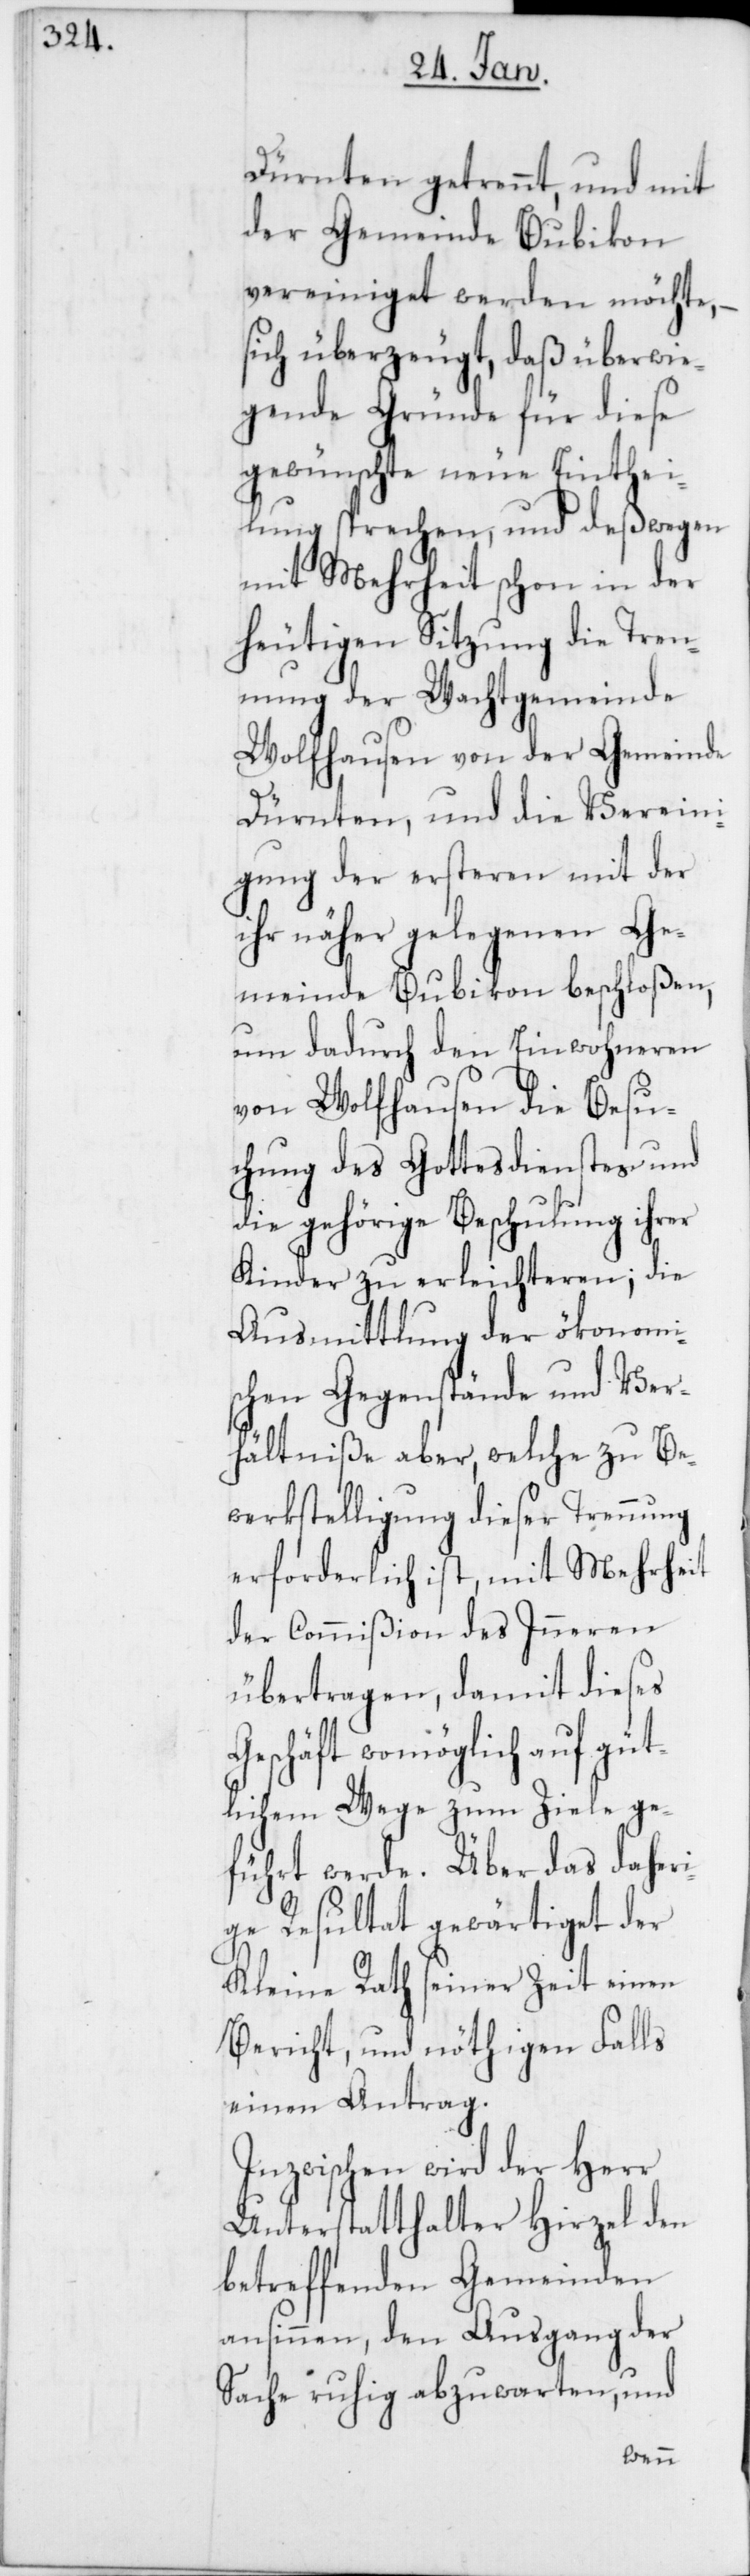
Dürnten getrennt, und mit
der Gemeinde Bubikon
vereiniget werden möchte, –
sich überzeugt, daß überwie¬
gende Gründe für diese
gewünschte neue Einthei¬
lung sprechen, und deßwegen
mit Mehrheit schon in der
heutigen Sitzung die Tren¬
nung der Wachtgemeinde
Wolfhausen von der Gemeinde
Dürnten, und die Vereini¬
gung der ersteren mit der
ihr näher gelegenen Ge¬
meinde Bubikon beschloßen,
um dadurch den Einwohneren
von Wolfhausen die Besu¬
chung des Gottesdienstes und
die gehörige Beschulung ihrer
Kinder zu erleichteren; die
Ausmittlung der ökonomi¬
schen Gegenstände und Ver¬
hältniße aber, welche zu Be¬
werkstelligung dieser Trennung
erforderlich ist, mit Mehrheit
der Commißion des Inneren
übertragen, damit dieses
Geschäft womöglich auf güt¬
lichem Wege zum Ziele ge¬
führt werde. Über das daheri¬
ge Resultat gewärtiget der
Kleine Rath seiner Zeit einen
Bericht und nöthigen Falls
einen Antrag.
Inzwischen wird der Herr
Unterstatthalter Hirzel den
betreffenden Gemeinden
ansinnen, den Ausgang der
Sache ruhig abzuwarten, und